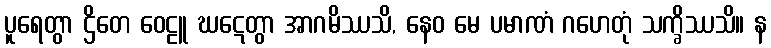
ပူရေတွာ ဌိတေ ဝေဠူ ဃဋေတွာ အာဂမိဿသိ, နေဝ မေ ပမာဏံ ဂဟေတုံ သက္ခိဿသိ။ န